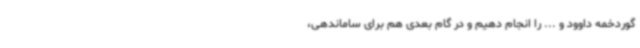
گوردخمه داوود و ... را انجام دهیم و در گام بعدی هم برای ساماندهی،